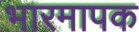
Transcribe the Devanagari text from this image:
भारमापक